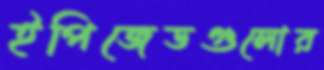
ইপিজেডগুলোর